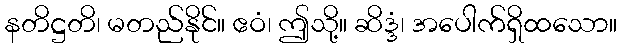
နတိဋ္ဌတိ၊ မတည်နိုင်။ ဧဝံ၊ ဤသို့။ ဆိဒ္ဒံ၊ အပေါက်ရှိထသော။